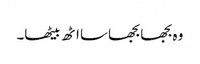
وہ بجھا بجھا سا اٹھ بیٹھا۔